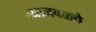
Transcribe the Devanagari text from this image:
त्याजवळचे